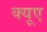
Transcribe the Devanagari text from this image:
क्यूए